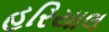
હરિયાલ